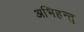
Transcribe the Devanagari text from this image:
अभिहन्तु